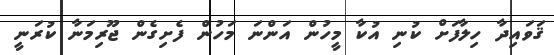
ޤަވައިދާ ހިލާފަށް ކުނި އުކާ މީހުން އަންނަ މަހުން ފެށިގެން ޖޫރިމަނާ ކުރަނީ